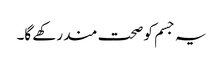
یہ جسم کو صحت مند رکھے گا۔